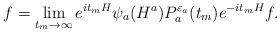
LaTeX: \begin{align*}f=\lim_{t_m\to\infty}e^{it_mH}\psi_a(H^a)P_a^{{\varepsilon}_a}(t_m)e^{-it_mH}f.\end{align*}